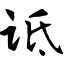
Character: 诋